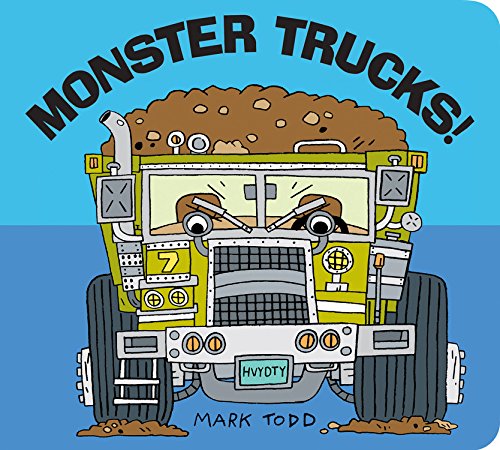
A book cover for Monster Trucks!; Mark Todd; Children's Books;